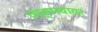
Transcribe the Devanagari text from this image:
वाङ्‍मयावर